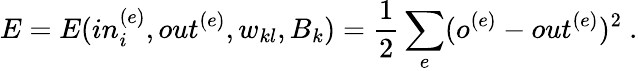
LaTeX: E=E(in_{i}^{(e)},out^{(e)},w_{kl},B_{k})=\frac{1}{2}\sum_{e}(o^{(e)}-out^{(e)})^{2}\ .